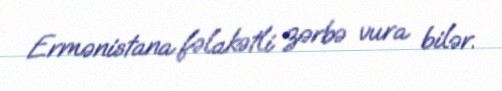
Ermənistana fəlakətli zərbə vura bilər.